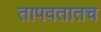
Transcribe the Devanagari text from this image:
तापवतातच